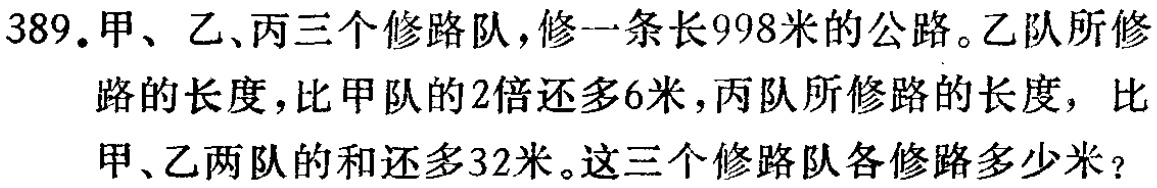
389.甲、乙、丙三个修路队，修一条长998米的公路。乙队所修路的长度，比甲队的2倍还多6米，丙队所修路的长度，比甲、乙两队的和还多32米。这三个修路队各修路多少米？